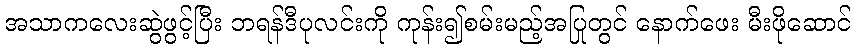
အသာကလေးဆွဲဖွင့်ပြီး ဘရန်ဒီပုလင်းကို ကုန်း၍စမ်းမည့်အပြုတွင် နောက်ဖေး မီးဖိုဆောင်